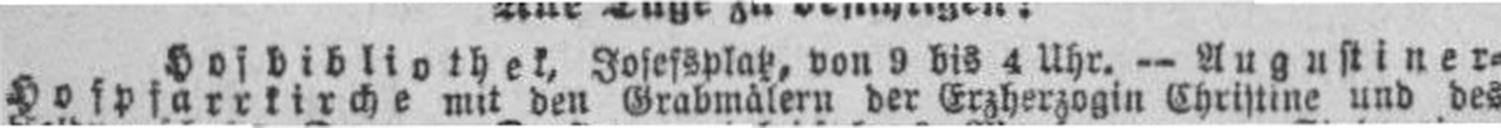
Hofpfarrkirche mit den Grabmälern der Erzherzogin Christine und des